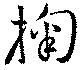
掬